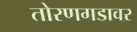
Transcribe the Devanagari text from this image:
तोरणगडावर